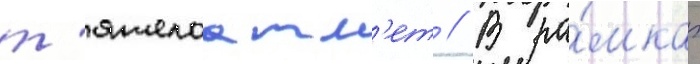
т'яжелоатл'ет // В ра́мках